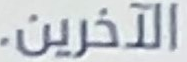
الآخرين.